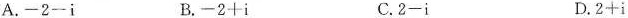
A.$$-2-i$$ B.$$-2+i$$ C.$$2-i$$ D.$$2+i$$